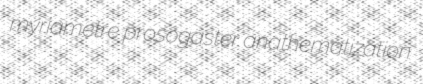
myriametre prosogaster anathematization